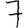
Digit: 7